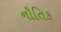
નૌતિક